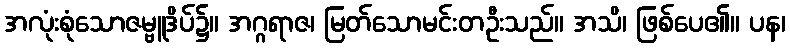
အလုံးစုံသောဇမ္ဗူဒိပ်၌။ အဂ္ဂရာဇ၊ မြတ်သောမင်းတဦးသည်။ အသိ၊ ဖြစ်ပေ၏။ ပန၊